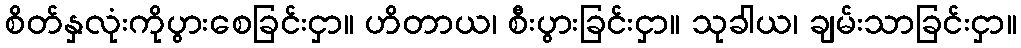
စိတ်နှလုံးကိုပွားစေခြင်းငှာ။ ဟိတာယ၊ စီးပွားခြင်းငှာ။ သုခါယ၊ ချမ်းသာခြင်းငှာ။